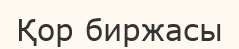
Қор биржасы